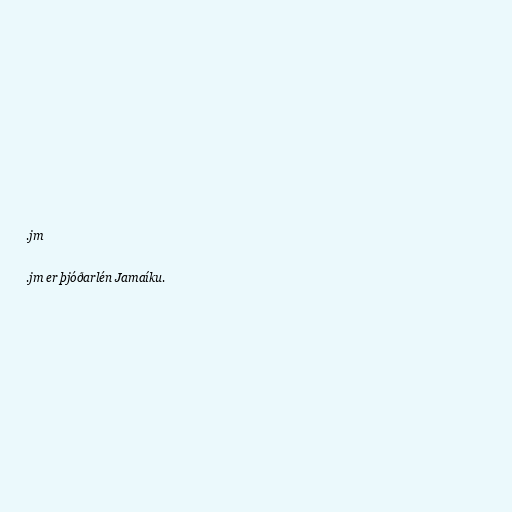
.jm

.jm er þjóðarlén Jamaíku.